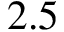
2 . 5